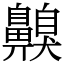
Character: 齅